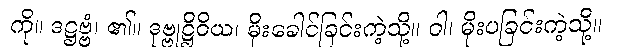
ကို။ ဒဋ္ဌဗ္ဗံ၊ ၏။ ဒုဗ္ဗုဋ္ဌိဝိယ၊ မိုးခေါင်ခြင်းကဲ့သို့။ ဝါ၊ မိုးပခြင်းကဲ့သို့။